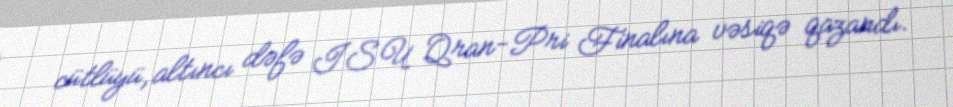
cütlüyü, altıncı dəfə ISU Qran-Pri Finalına vəsiqə qazandı.